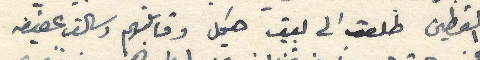
القطين طلعت الى بيت هيكل وقابلتهم وسألت عفيفه